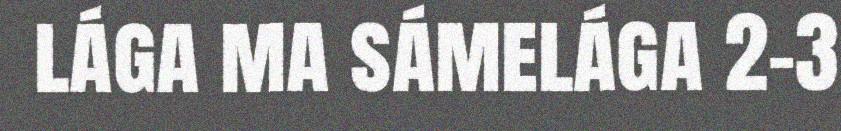
lága ma sámelága 2-3